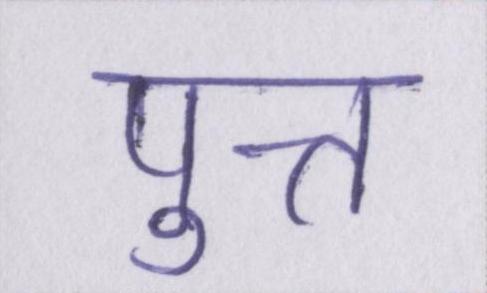
पुत्त